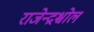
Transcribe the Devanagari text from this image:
राजेन्द्रश्चोल